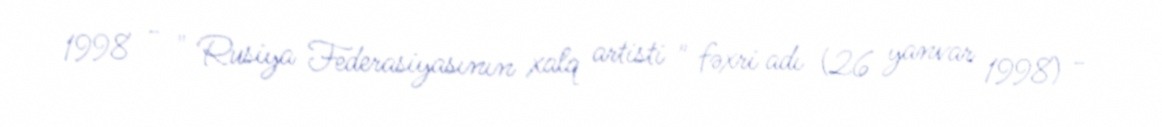
1998 - " Rusiya Federasiyasının xalq artisti " fəxri adı (26 yanvar 1998) -